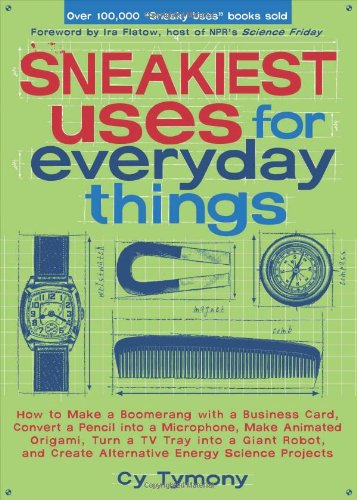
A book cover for Sneakiest Uses for Everyday Things: How to Make a Boomerang with a Business Card, Convert a Pencil into a Microphone and more; Cy Tymony; Science & Math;